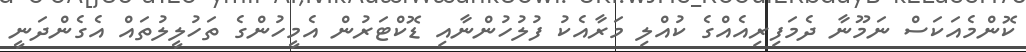
ކޮންމެއަކަސް ނަމޫނާ ދެމަފިރިއެއްގެ ކުއްލި މަރާއެކު ފުލުހުންނާއި ޑޮކްޓަރުން އެމީހުންގެ ތަހުލީލުތައް އެގެންދަނީ